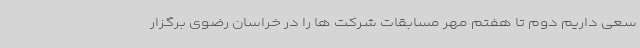
سعی داریم دوم تا هفتم مهر مسابقات شرکت ها را در خراسان رضوی برگزار